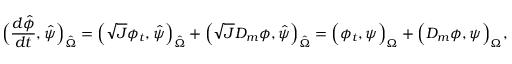
\Big ( \frac { d \hat { \phi } } { d t } , \hat { \psi } \Big ) _ { \hat { \Omega } } = \Big ( \sqrt { J } \phi _ { t } , \hat { \psi } \Big ) _ { \hat { \Omega } } + \Big ( \sqrt { J } D _ { m } \phi , \hat { \psi } \Big ) _ { \hat { \Omega } } = \Big ( \phi _ { t } , \psi \Big ) _ { \Omega } + \Big ( D _ { m } \phi , \psi \Big ) _ { \Omega } ,